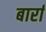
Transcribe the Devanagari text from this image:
बार्रा